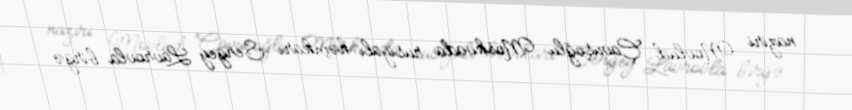
naziri Mövlud Çavuşoğlu Moskvada rusiyalı həmkarı Sergey Lavrovla birgə